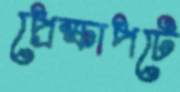
প্রেক্ষাপটে